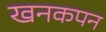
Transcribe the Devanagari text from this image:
खनकपन